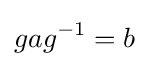
gag^{-1}=b